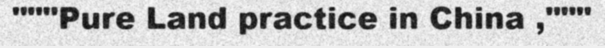
"""Pure Land practice in China ,"""